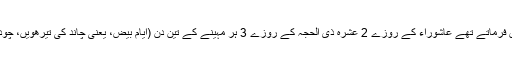
سیدہ حفصہؒ فرماتی ہیں: چار چیزیں رسول اللہ ؐ کبھی ترک نہیں فرماتے تھے عاشوراء کے روزے 2 عشرہ ذی الحجہ کے روزے 3 ہر مہینے کے تین دن (ایام بیض، یعنی چاند کی تیرھویں، چودھویں، پندرہویں) کے روزے 4 فجر سے پہلے کی دو رکعتیں۔